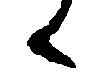
候